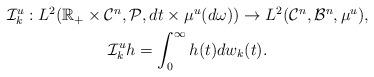
LaTeX: \begin{align*}\begin{gathered}\mathcal{I}^u_k:L^2(\mathbb{R}_+\times \mathcal{C}^n,\mathcal{P},dt\times \mu^u(d\omega))\to L^2(\mathcal{C}^n,\mathcal{B}^n,\mu^u), \\\mathcal{I}^u_k h=\int^\infty_0 h(t)dw_k(t).\end{gathered}\end{align*}